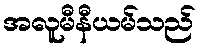
အလူမီနီယမ်သည်